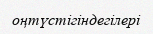
оңтүстігіндегілері